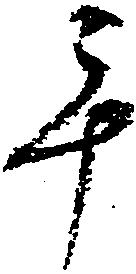
手